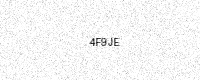
Text: 4F9JE